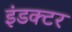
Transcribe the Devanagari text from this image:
इंडक्टर